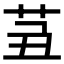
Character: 𦭍